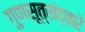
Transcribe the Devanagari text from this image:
गुणसूत्रांद्वारे